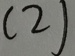
( 2 )